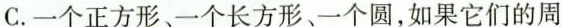
C. 一个正方形、一个长方形、一个圆，如果它们的周